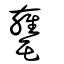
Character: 罋